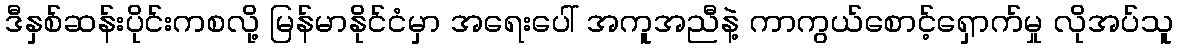
ဒီနှစ်ဆန်းပိုင်းကစလို့ မြန်မာနိုင်ငံမှာ အရေးပေါ် အကူအညီနဲ့ ကာကွယ်စောင့်ရှောက်မှု လိုအပ်သူ